画像に写った文字を読んでください
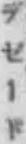
「デゼード」と書いてあります